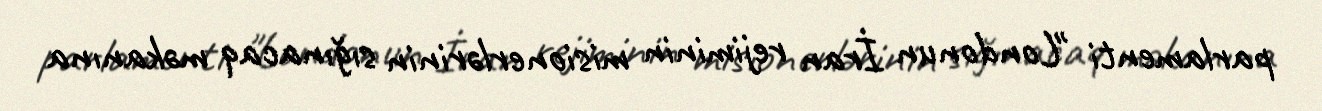
parlamenti "Londonun İran rejiminin misionerlərinin sığınacaq məkanına